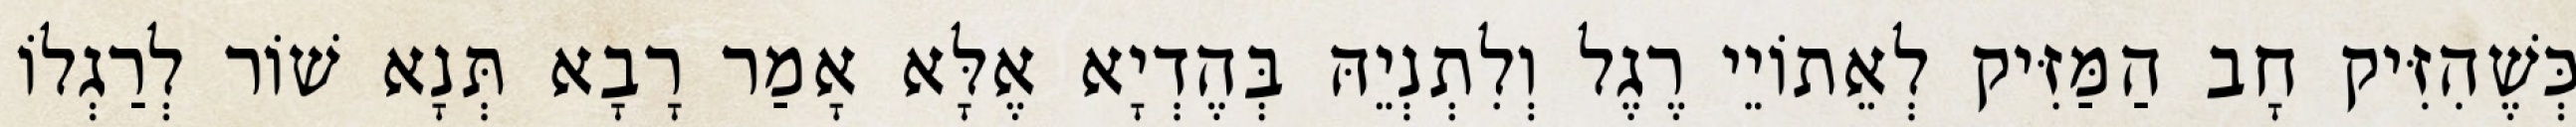
כְּשֶׁהִזִּיק חָב הַמַּזִּיק לְאֵתוֹיֵי רֶגֶל וְלִתְנְיֵהּ בְּהֶדְיָא אֶלָּא אָמַר רָבָא תְּנָא שׁוֹר לְרַגְלוֹ